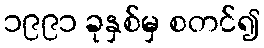
၁၉၉၁ ခုနှစ်မှ စတင်၍